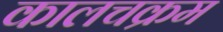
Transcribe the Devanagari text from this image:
कालचक्रम